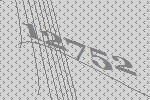
12752